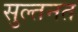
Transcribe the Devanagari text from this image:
सुल्तनत